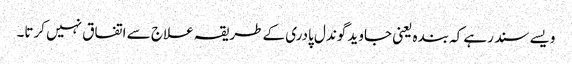
ویسے سند رہے کہ بندہ یعنی جاوید گوندل پادری کے طریقہ علاج سے اتفاق نہیں کرتا۔